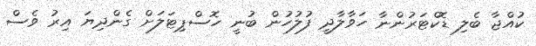
ކުއްޖާ ބެލި ޑޮކްޓަރުންނާ ހަވާލާދީ ފުލުހުން ބުނީ ހޮސްޕިޓަލަށް ގެންދިޔަ އިރު ވެސް